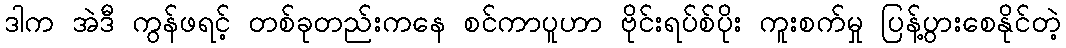
ဒါက အဲဒီ ကွန်ဖရင့် တစ်ခုတည်းကနေ စင်ကာပူဟာ ဗိုင်းရပ်စ်ပိုး ကူးစက်မှု ပြန့်ပွားစေနိုင်တဲ့